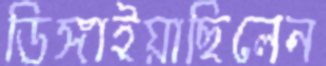
ডিঙ্গাইয়াছিলেন